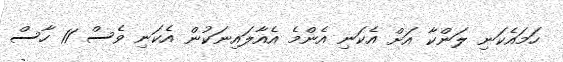
ހަމައެކަނި ލަންކާ އަށް އެކަނި އެންމެ އެއާލައިނަކުން އެކަނި ވެސް 11 ހާސް